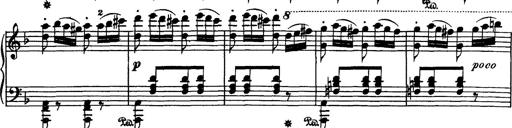
Title: Hungarian Rhapsody No.7
Composer: Franz Liszt
Key: D minor